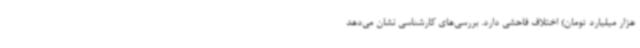
هزار میلیارد تومان) اختلاف فاحشی دارد. بررسی‌های کارشناسی نشان می‌دهد